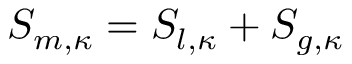
S _ { m , \kappa } = S _ { l , \kappa } + S _ { g , \kappa }